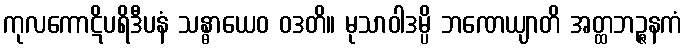
ကုလကောဋိပရိဒီပနံ သန္ဓာယေဝ ဝဒတိ။ မုသာဝါဒမ္ပိ ဘဏေယျာတိ အတ္ထဘဉ္ဇနကံ